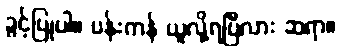
ခွင့်ပြုပါ။ ပန်းကန် ယူလို့ရပြီလား ဆရာ။